Mental hospitals Bombay report 1929-33 - 1929-1933
Year: 1929
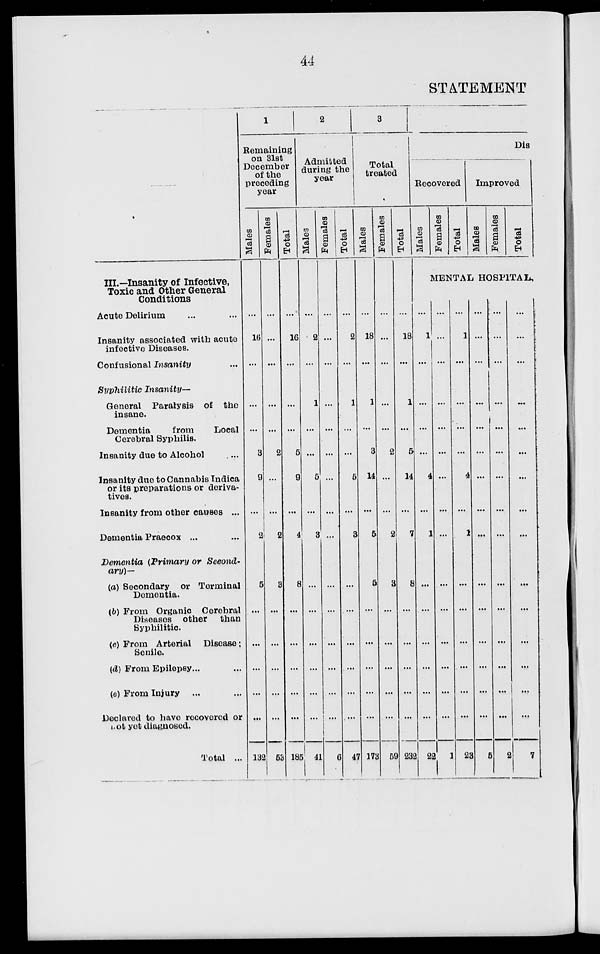
44
STATEMENT
III.—Insanity of Infective,
Toxic and Other General
Conditions
Acute Delirium ... ...
Insanity associated with acute
infective Diseases.
Confusional Insanity ...
Syphilitic Insanity—
General Paralysis of the
insane.
Dementia
from
Local
Cerebral Syphilis.
Insanity due to Alcohol ...
Insanity due to Cannabis Indica
or its preparations or deriva-
tives.
Insanity from other causes ...
Dementia Praecox ... ...
Dementia (Primary or Second-
ary)—
(a) Secondary or Terminal
Dementia.
(b) From Organic Cerebral
Diseases other
than
Syphilitic.
(c) From Arterial Disease;
Senile.
(d) From Epilepsy ... ...
(e) From Injury ... ...
Declared to have recovered or
not yet diagnosed.
Total ...
1
Remaining
on 31st
December
of the
preceding
year
Males
...
16
...
...
...
3
9
...
2
5
...
...
...
...
...
132
Females
...
...
...
...
2
...
...
2
3
...
...
...
...
...
63
Total
...
16
...
...
...
5
9
...
4
8
...
...
...
...
...
185
2
Admitted
during the
year
Males
...
2
...
1
...
...
5
...
3
...
...
...
...
...
...
41
Females
...
...
...
...
...
...
...
...
...
...
...
...
...
...
6
Total
...
2
...
1
...
...
5
...
3
...
...
...
...
...
....
47
3
Total
treated
Males
...
18
...
1
...
3
14
...
5
5
...
...
...
...
...
173
Females
...
...
...
...
...
2
...
...
2
3
...
...
...
...
...
59
Total
...
18
...
1
...
5
14
...
7
8
...
...
...
...
...
232
Dis
Recovered
Males
Females
Total
Improved
Males
Females
Total
MENTAL HOSPITAL
...
1
...
...
...
4
...
1
...
...
...
...
...
...
22
...
...
...
...
...
...
...
...
...
...
...
...
...
...
1
...
1
...
...
...
...
4
...
1
...
...
...
...
...
...
23
...
...
...
...
...
...
...
...
...
...
...
...
...
...
5
...
...
...
...
...
...
...
...
...
...
...
...
...
...
...
2
...
...
...
...
...
...
...
...
...
...
...
...
...
...
7